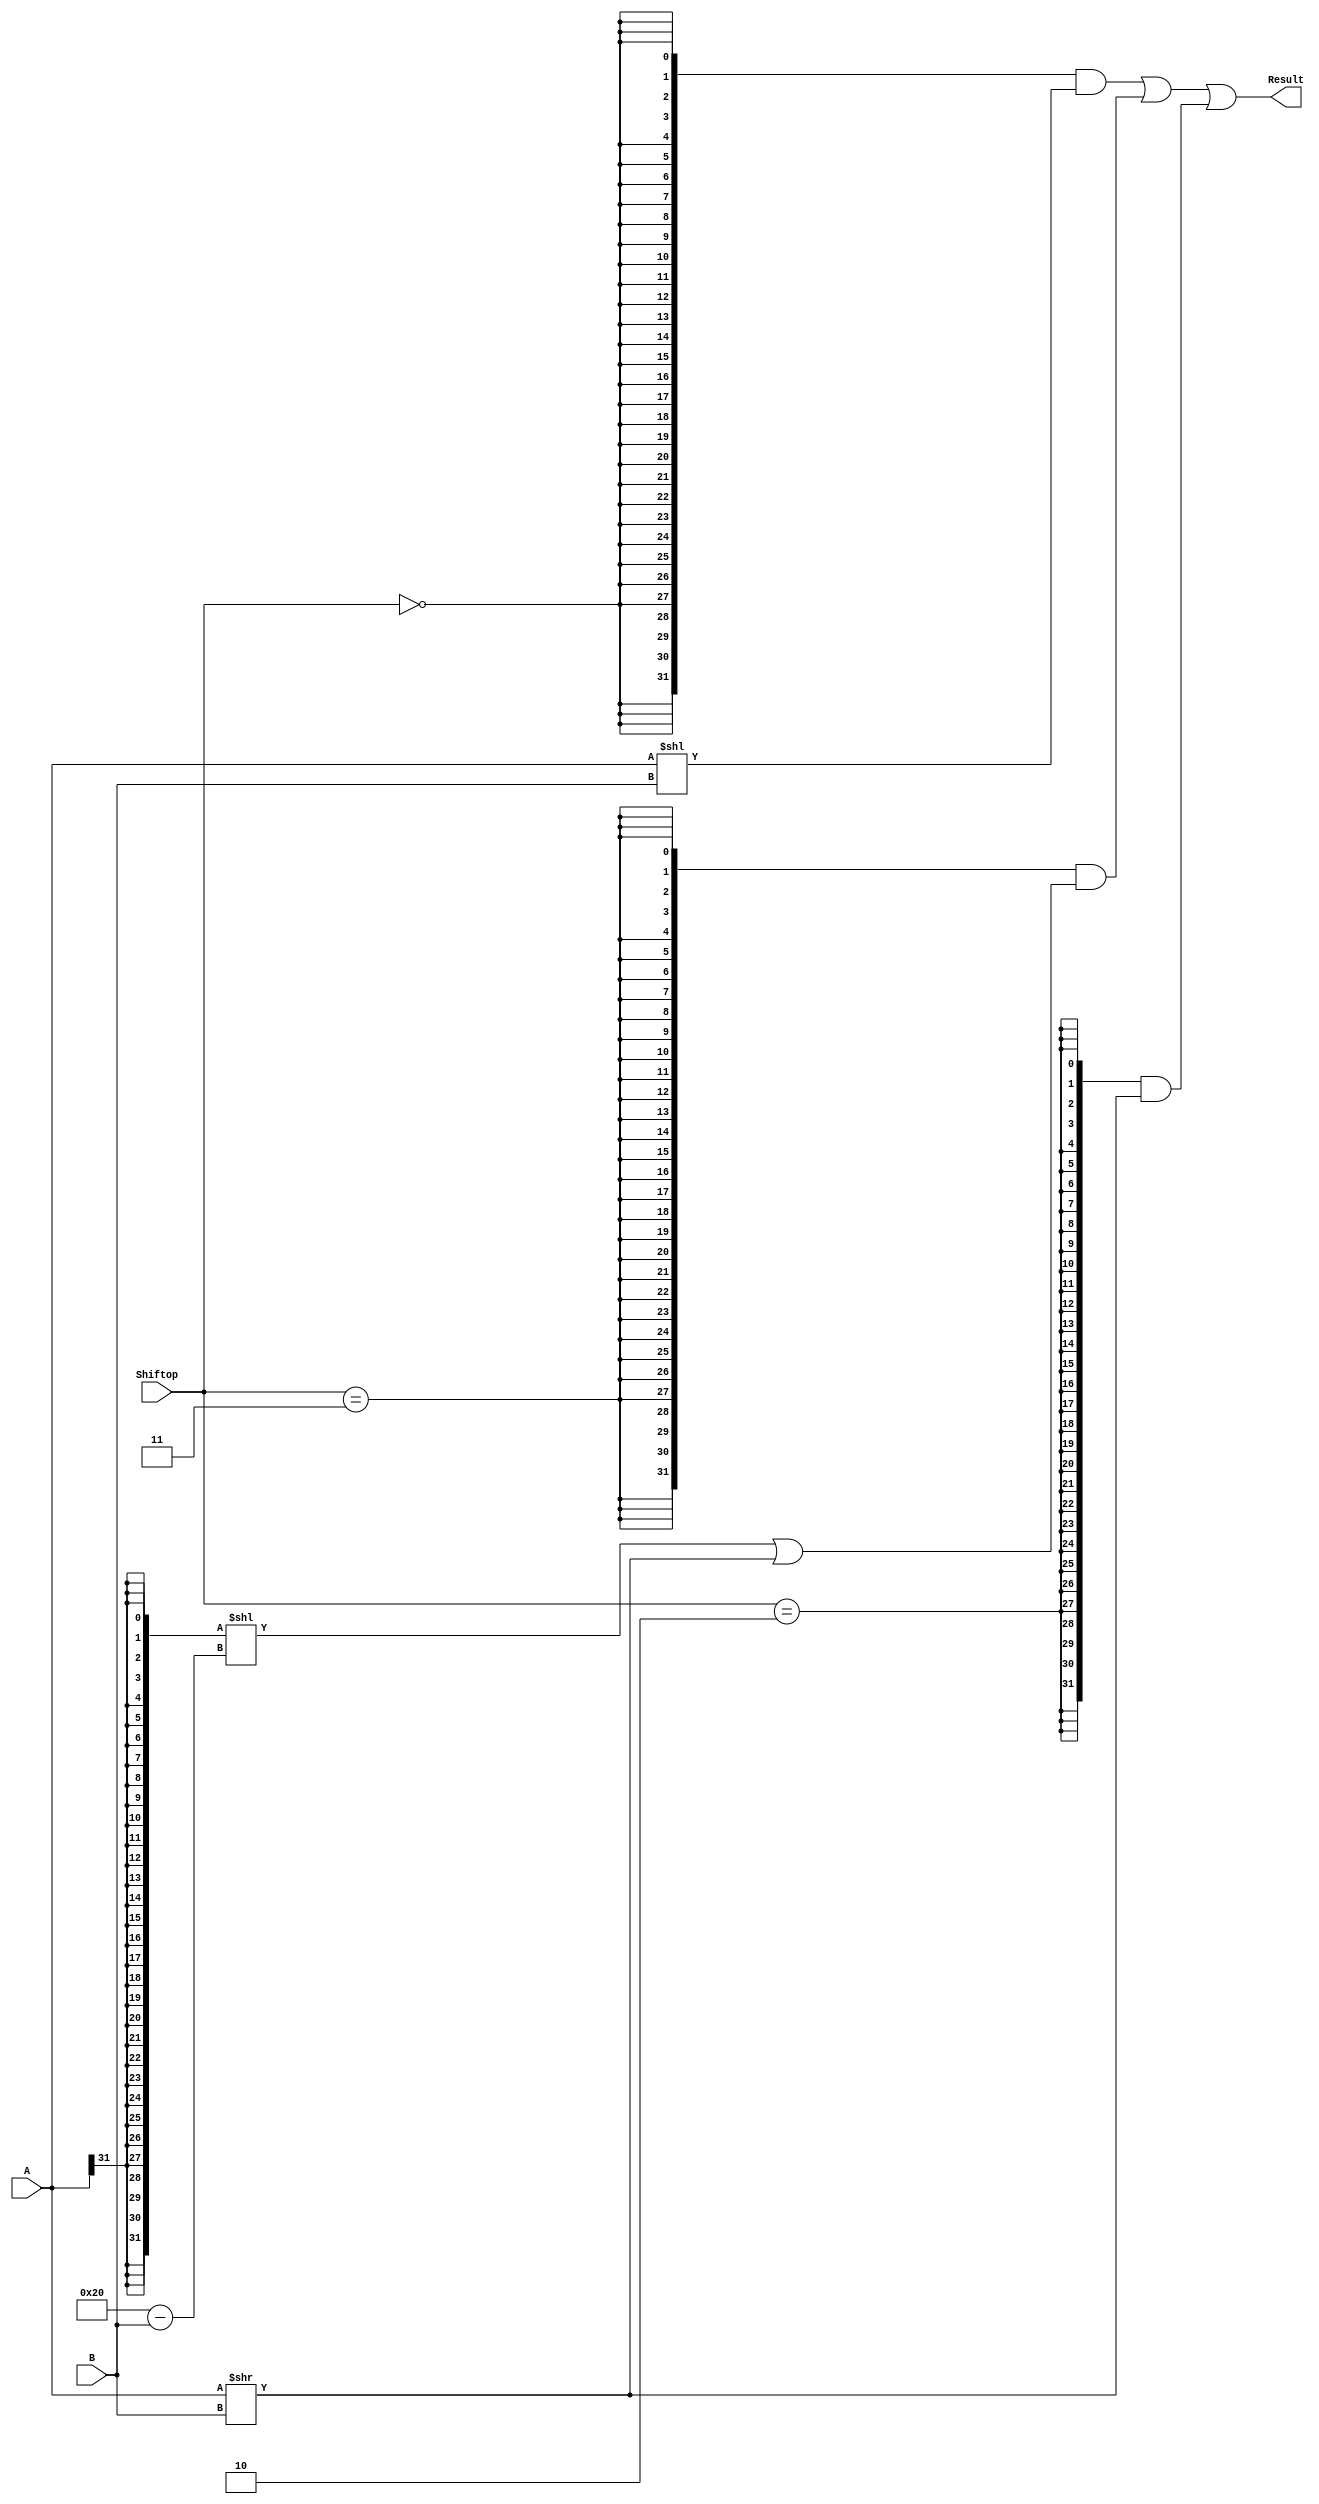
`timescale 10 ns / 1 ns

`define DATA_WIDTH 32

module shifter (
	input  [`DATA_WIDTH - 1:0] A,
	input  [              4:0] B,
	input  [              1:0] Shiftop,
	output [`DATA_WIDTH - 1:0] Result
);

wire left = Shiftop == 2'b00;
wire cal_right = Shiftop == 2'b11;
wire log_right = Shiftop == 2'b10;

assign Result = {32{left}} & (A << B) |
	      {32{cal_right}} & (({32{A[31]}} << (6'd32 - {1'b0, B})) | (A >> B)) |
	      {32{log_right}} & (A >> B);

endmodule